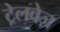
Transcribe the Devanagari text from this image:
ट्रेलवेज़